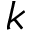
k